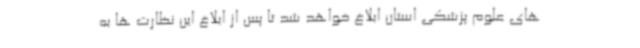
های علوم پزشکی استان ابلاغ خواهد شد تا پس از ابلاغ این نظارت ها به